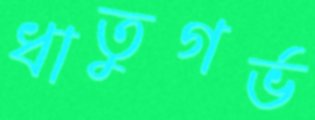
ধাতুগর্ভ